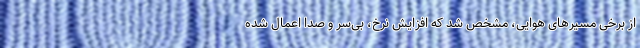
از برخی مسیرهای هوایی، مشخص شد که افزایش نرخ، بی‌سر و صدا اعمال شده